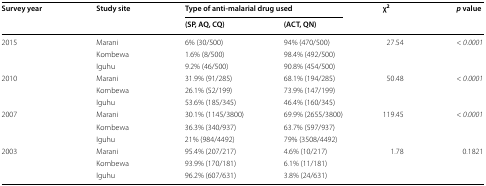
| <ROWSPAN=2> Survey year | <ROWSPAN=2> Study site | <COLSPAN=2> Type of anti-malarial drug used | <ROWSPAN=2> χ2 | <ROWSPAN=2> p value |
 | (SP, AQ, CQ) | (ACT, QN) |
 | --- | --- | --- | --- | --- | --- |
 | <ROWSPAN=3> 2015 | Marani | 6% (30/500) | 94% (470/500) | <ROWSPAN=3> 27.54 | <ROWSPAN=3> < 0.0001 |
 | Kombewa | 1.6% (8/500) | 98.4% (492/500) |
 | Iguhu | 9.2% (46/500) | 90.8% (454/500) |
 | <ROWSPAN=3> 2010 | Marani | 31.9% (91/285) | 68.1% (194/285) | <ROWSPAN=3> 50.48 | <ROWSPAN=3> < 0.0001 |
 | Kombewa | 26.1% (52/199) | 73.9% (147/199) |
 | Iguhu | 53.6% (185/345) | 46.4% (160/345) |
 | <ROWSPAN=3> 2007 | Marani | 30.1% (1145/3800) | 69.9% (2655/3800) | <ROWSPAN=3> 119.45 | <ROWSPAN=3> < 0.0001 |
 | Kombewa | 36.3% (340/937) | 63.7% (597/937) |
 | Iguhu | 21% (984/4492) | 79% (3508/4492) |
 | <ROWSPAN=3> 2003 | Marani | 95.4% (207/217) | 4.6% (10/217) | <ROWSPAN=3> 1.78 | <ROWSPAN=3> 0.1821 |
 | Kombewa | 93.9% (170/181) | 6.1% (11/181) |
 | Iguhu | 96.2% (607/631) | 3.8% (24/631) |